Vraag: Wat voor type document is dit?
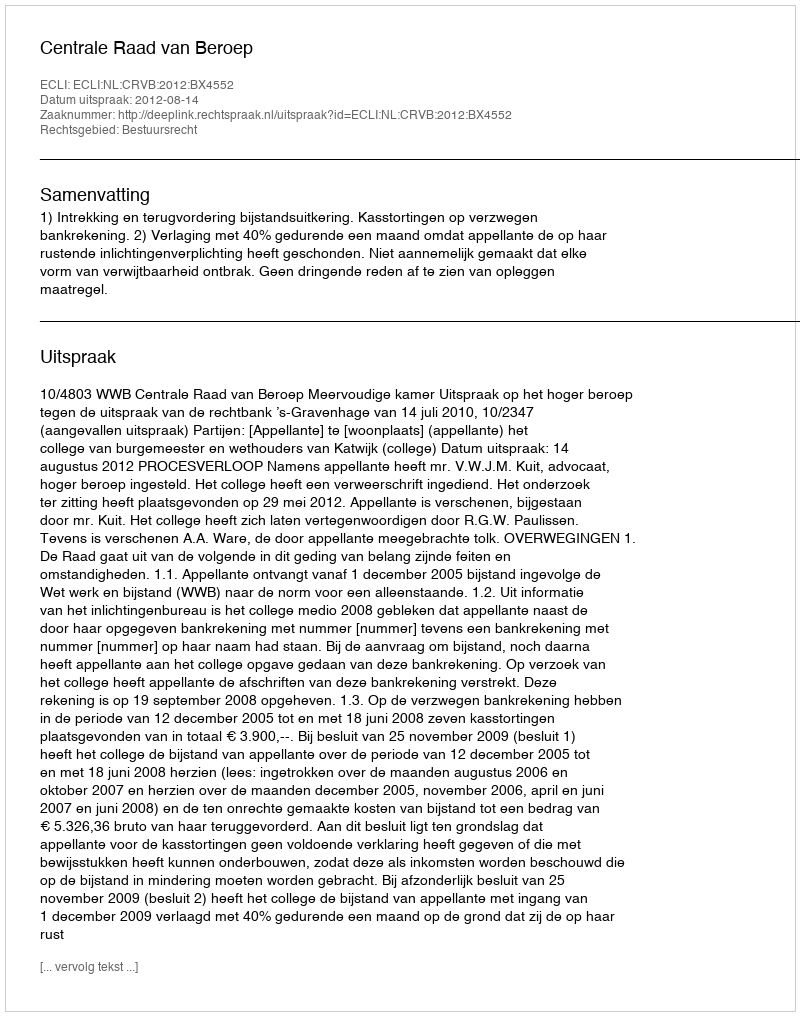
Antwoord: Uitspraak